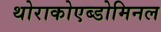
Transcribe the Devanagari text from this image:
थोराकोएब्डोमिनल